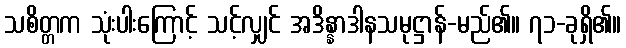
သစိတ္တက သုံးပါးကြောင့် သင့်လျှင် အဒိန္နာဒါနသမုဋ္ဌာန်-မည်၏။ ၇၁-ခုရှိ၏။